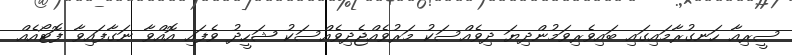
ސީރިއާ ހަނގުރާމައިގައި ބައިވެރިވަމުންދިޔަ ދިވެއްސަކު މަރުވެއްޖެދިވެއްސަކު ޝަހީދު ވެފައި އޮއްވާ ނަގާފައިވާ ފޮޓޯއެއް